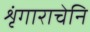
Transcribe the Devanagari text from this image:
शृंगाराचेनि